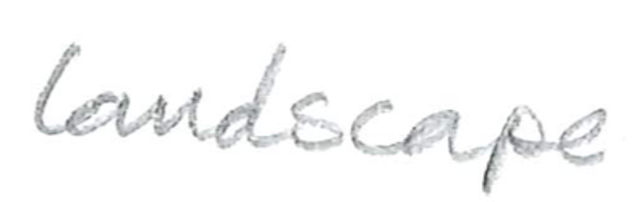
Text: landscape
Cross-out: clean
Writing tool: pencil